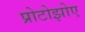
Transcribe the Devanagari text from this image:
प्रोटोझोए